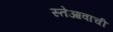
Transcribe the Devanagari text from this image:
स्तेआवाची